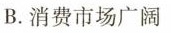
B.消费市场广阔